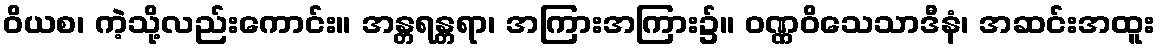
ဝိယစ၊ ကဲ့သို့လည်းကောင်း။ အန္တရန္တရာ၊ အကြားအကြား၌။ ဝဏ္ဏဝိသေသာဒီနံ၊ အဆင်းအထူး